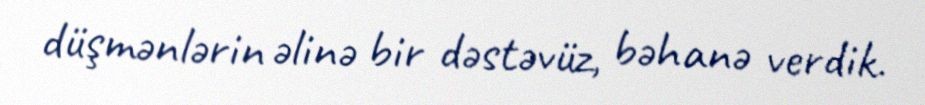
düşmənlərin əlinə bir dəstəvüz, bəhanə verdik.